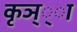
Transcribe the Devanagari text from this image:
कृञ््‌ा